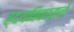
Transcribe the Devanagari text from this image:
ह्दयविकाराने